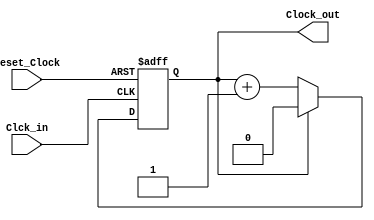
`timescale 1ns / 1ps
//////////////////////////////////////////////////////////////////////////////////
// Company: 
// Engineer: 
// 
// Design Name: 
// Module Name:    divisor25MHZ 
// Project Name: 
// Target Devices: 
// Tool versions: 
// Description: 
//
// Dependencies: 
//
// Revision: 
// Revision 0.01 - File Created
// Additional Comments: 
//
//////////////////////////////////////////////////////////////////////////////////
module divisor50MHZmodule (
 input wire Clck_in,
 input wire reset_Clock,
 output reg Clock_out
 ); 
 
 

 
always @(posedge Clck_in,posedge reset_Clock) 
 begin
      if (reset_Clock)
		   begin
		   Clock_out <= 0;
			end 
      else
          begin		
		    if (Clock_out == 0)  
		        begin                        
		        Clock_out <= Clock_out+1'b1;
		        end 
		     else 
		        Clock_out <= 0; 
          end 
 end 
  
endmodule